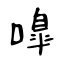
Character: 嘷